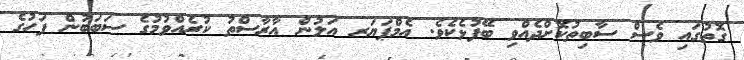
ގޮތުގައި ވެސް ސާބިތުކޮށްދެއްވި ބޭފުޅެކެވެ. އެމްޕަޔަރ އަލުން އާރާސްތު ކުރެއްވުމުގެ ސަބަބުން ފަހުގެ